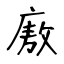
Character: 廒